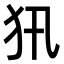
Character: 𤜢